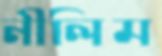
নীলিম